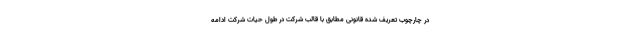
در چارچوب تعریف شده قانونی مطابق با قالب شرکت در طول حیات شرکت ادامه